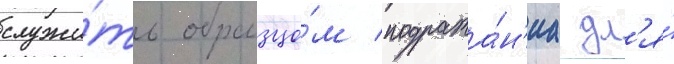
служи́ть образцо́м подража́н'иа дл'я́